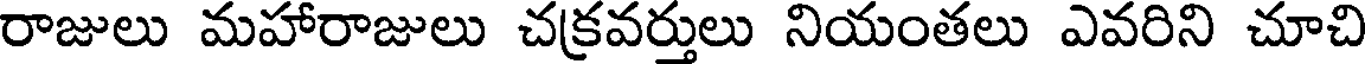
రాజులు మహారాజులు చక్రవర్తులు నియంతలు ఎవరిని చూచి